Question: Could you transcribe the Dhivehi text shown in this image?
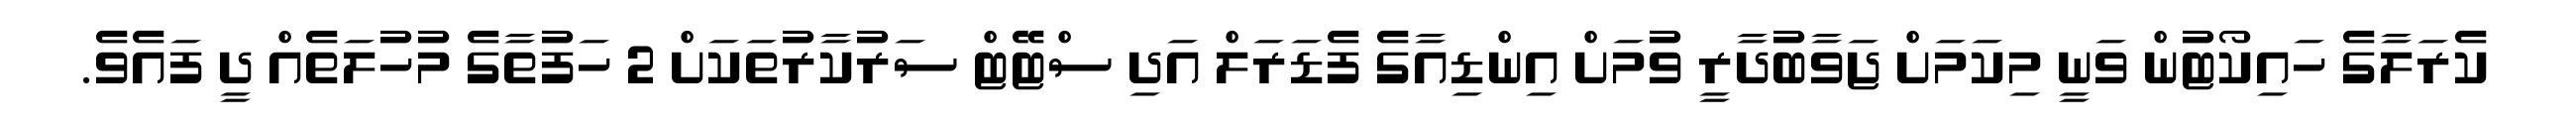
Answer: ކެރަލާގެ ހައިކޯޓުން ވަނީ މިކަމަށް ޖަވާބުދާރީ ވުމަށް އިންޑިއާގެ ފެޑަރަލް އަދި ސްޓޭޓް ސަރުކާރުތަކަށް 2 ހަފުތާގެ މުހުލަތެއް ދީ ފައެވެ.